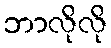
ဘာလိုလို